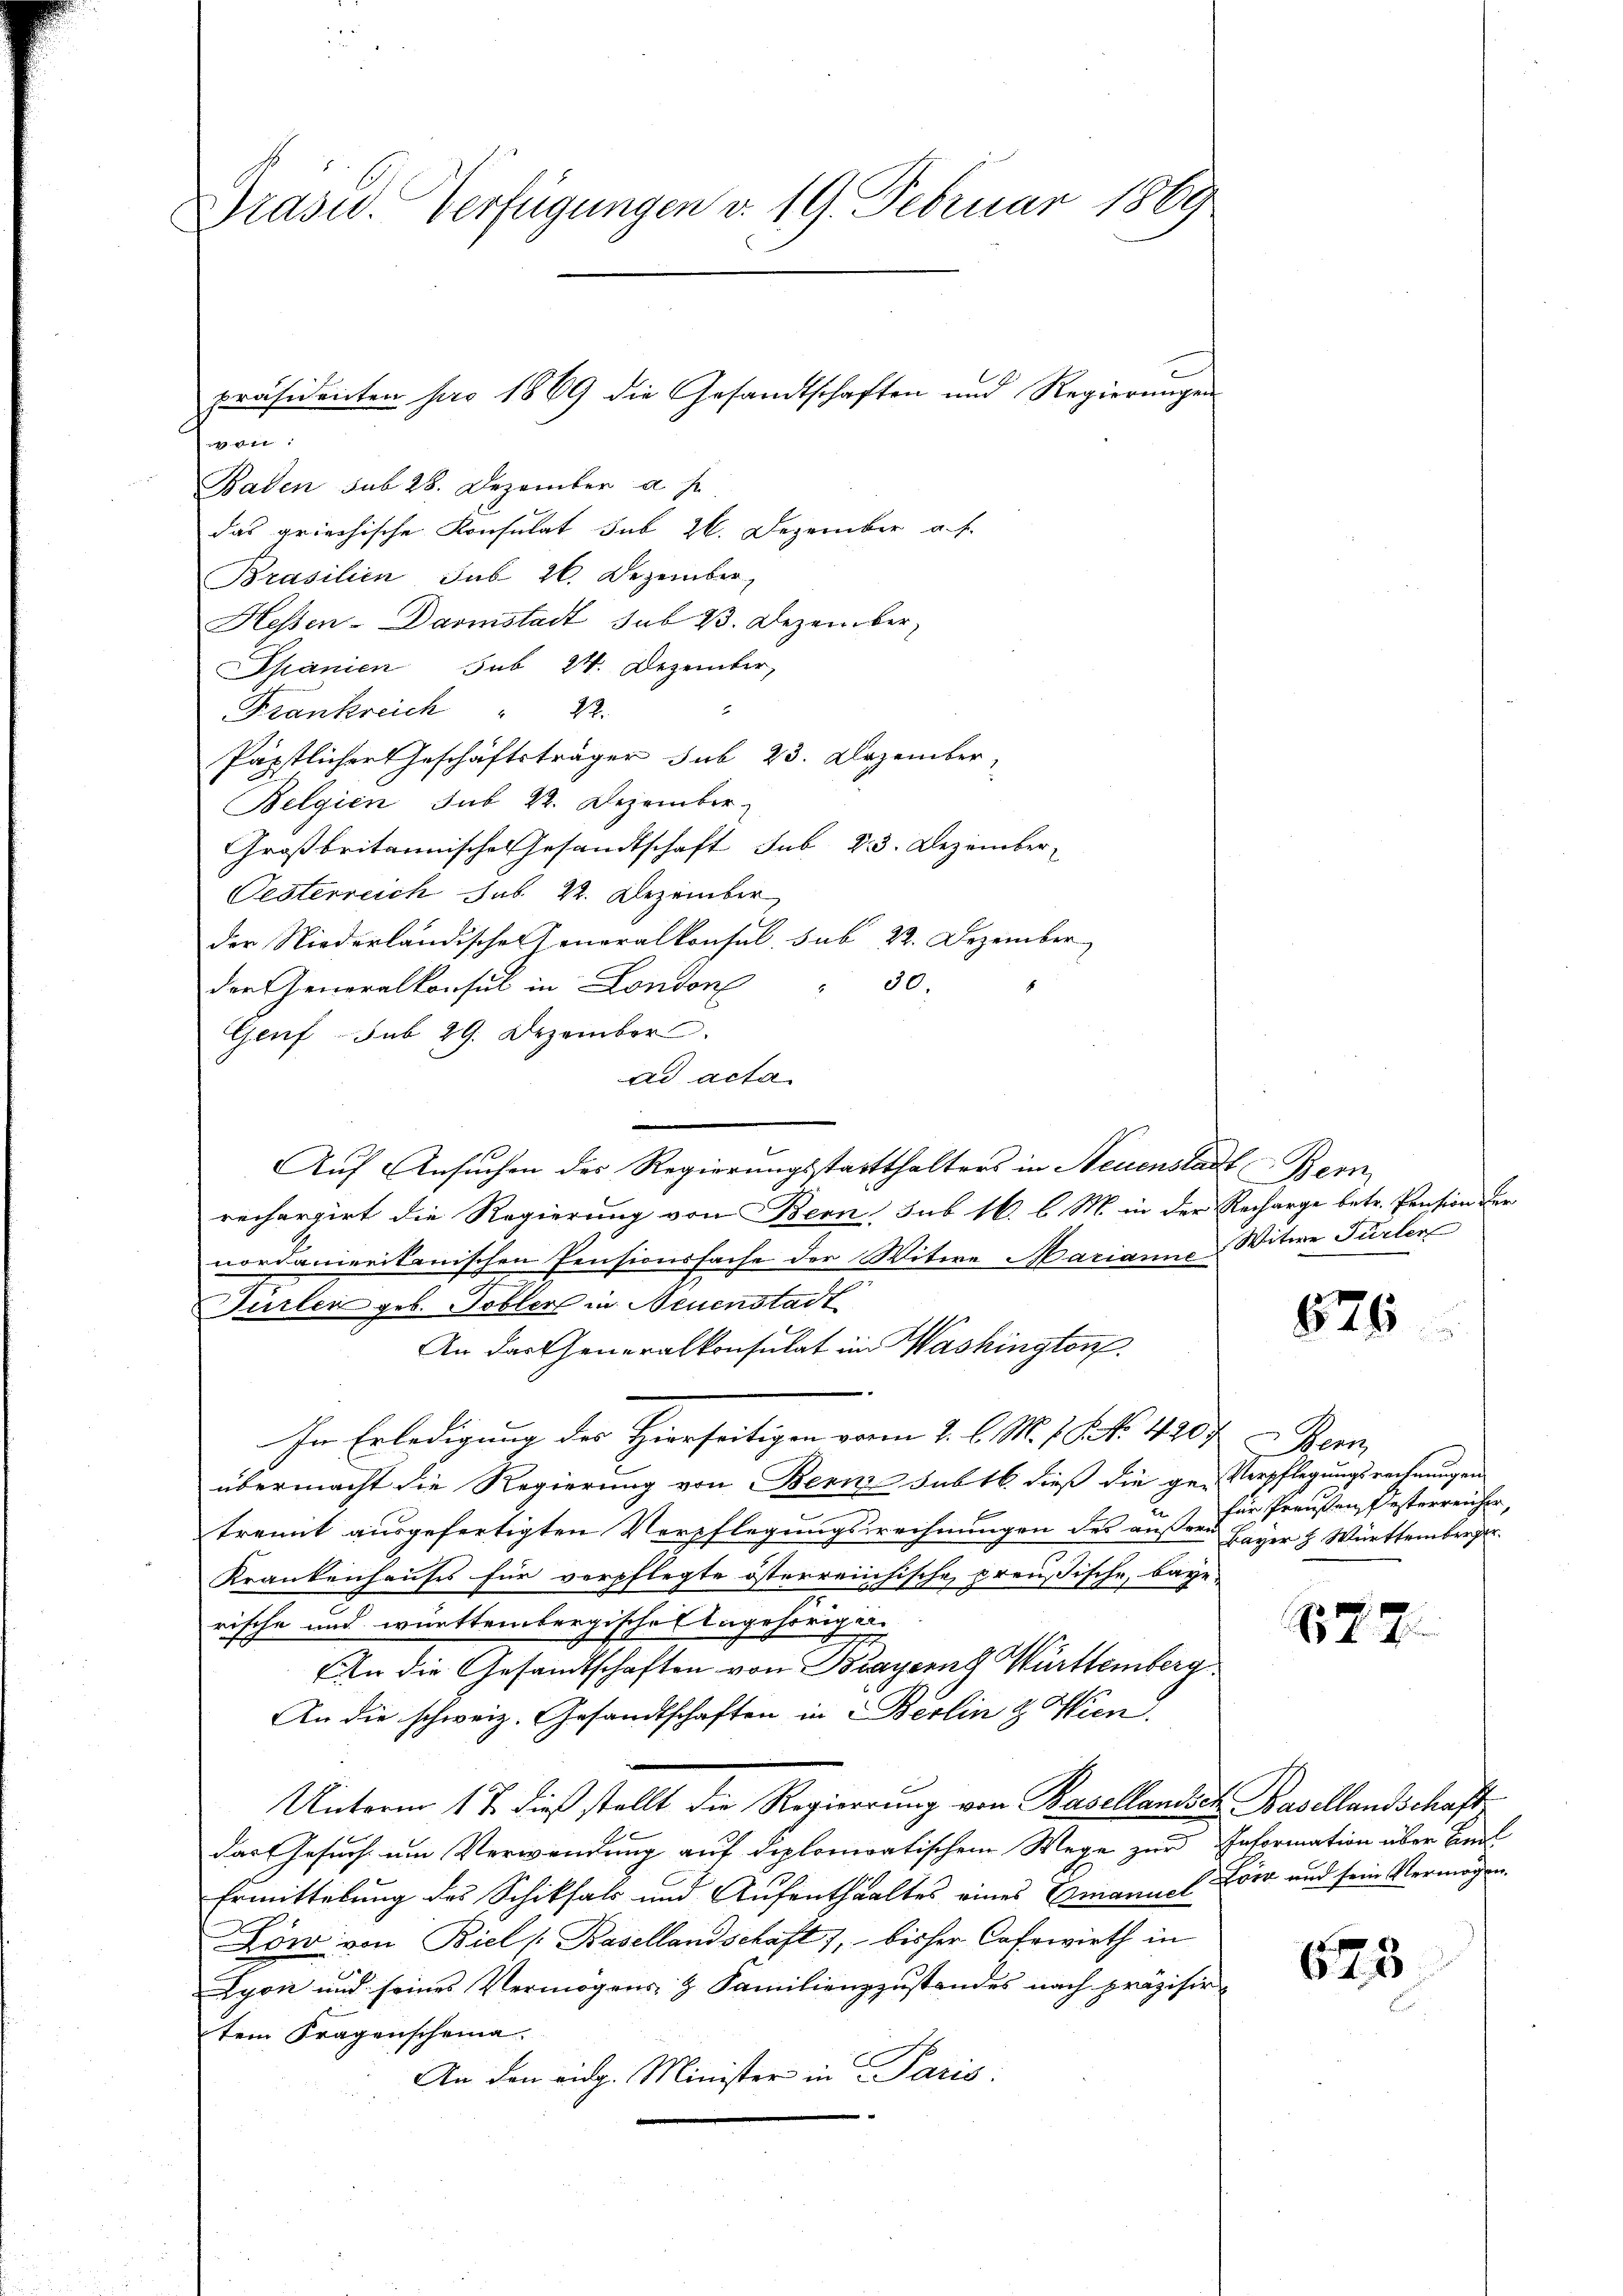
Präsid. Verfügungen v. 19. Februar 1869

tt:
Baden sub 28. Dezember a s
das griechische Konsulat sub 26. Dezember a. f.
Brasilien sub 26. Dezember,
Hessen-Darmstadt sub 3. Dezember,
Spanien sub 24. Dezember,
Frankreich " 22.
Päpstlicher Geschäftsträger sub 23. Dezember
Belgien sub 22. Dezember
Großbritannisches Gesandtschaft sub 23. Dezember
Oesterreich sub 22. Dezember
der Niederländischen Generalkonsul, sub 22. Dezember
der Generalkonsul in London " 30.
Genf sub 29. Dezember
ad acta
Auf Ansuchen des Regierungsstatthalters in Neuenstadt Bern
rechargirt die Regierung von Bern, sub 16. l. M. in der Recharge betr. Pension der
nordamerikanischen Pensionssache der Witwe Marianna Witwe Fürler
Türler geb. Tobler in Neuenstadt
An der Generalkonsulat im Washington
In Erledigung der Hierseitigen vom 2. l. M. 1. Frk. 420 f. Fern
übermacht die Regierung von Bern sub 16. dieß die ge-Verpflegungsrechnungen
trennt ausgefertigten Verpflegungsrechnungen des außere Bayer & Württemberger¬
Krankenhauses für verpflegte österreichische preußische, baye
rische und württembergische Angehörig u.
An die Gesandtschaften von Brayerng Württemberg
An die schweiz. Gesandtschaften in Berlin & Wien.
Unterm 17. dieß stellt die Regierung von Basellandsich Basellandschaft
das Gesuch um Verwendung auf diplomatischem Wege zur Information über Beil
Ermittelung des Schiksals und Aufenthaltes eines Emanuel on und sein Vermögen.
Löw von Biel s. Basellandschaft 7, bisher Casewirth in
Lyon und seines Vermögens- & Familienzzustandes nach präzisirtem Fragenscheina
An den eidg. Minister in Paris:

präsidenten pro 1869 die Gesandtschaften und Regierungen

525

für Preußen, Pesterreicher,

17.7.

625